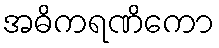
အဓိကရဏိကော